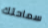
سماحتك